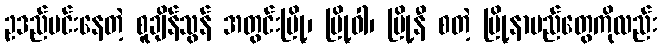
ဥဒည်မင်းနေတဲ့ စူချိန်သွန် အတွင်းမြို့၊ မြို့ဝါ၊ မြို့နီ စတဲ့ မြို့နာမည်တွေကိုလည်း